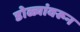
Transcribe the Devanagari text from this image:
डोळ्यांवरून